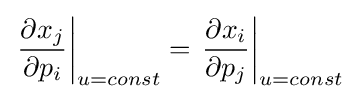
\left.{\frac {\partial x_{j}}{\partial p_{i}}}\right|_{u=const}=\left.{\frac {\partial x_{i}}{\partial p_{j}}}\right|_{u=const}